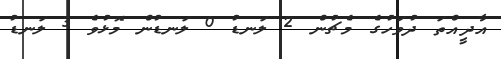
އާދީއްތަ ދުވަހުގެ މެޗުން 2 ލަނޑު 0 ލަނޑުން މޮޅުވެ 3 ލަނޑު